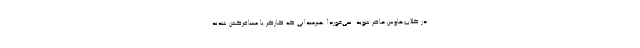
در كلاب‌هاوس حاضر شويد. نمي‌خورد! هنرمندانی که کارگر یا مسافرکش شدند